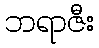
ဘရာဇီး